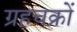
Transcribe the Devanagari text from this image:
ग्रहचक्रों